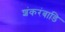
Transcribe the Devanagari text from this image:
शंकरंबाडि